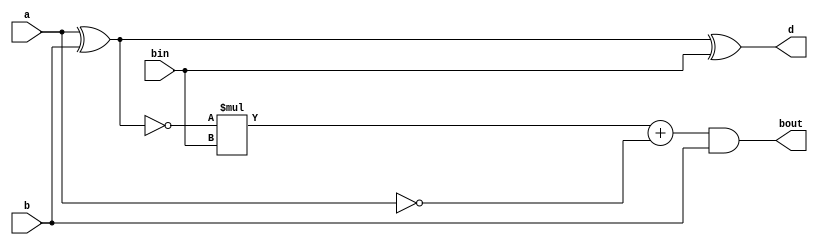
`timescale 1ns / 1ps
//////////////////////////////////////////////////////////////////////////////////
// Company: 
// Engineer: 
// 
// Design Name: 
// Module Name: fsub
// Project Name: 
// Target Devices: 
// Tool Versions: 
// Description: 
// 
// Dependencies: 
// 
// Revision:
// Revision 0.01 - File Created
// Additional Comments:
// 
//////////////////////////////////////////////////////////////////////////////////


module fsub(
input a,b,bin,
output d,bout
    );
    assign d = a^b^bin;
    assign bout = (~(a^b))*bin + ~a&b;
endmodule